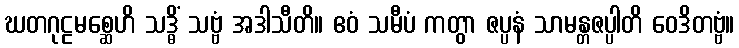
ဃတဂုဠမစ္ဆေဟိ သဒ္ဓိံ သဗ္ဗံ အဒါသီတိ။ ဧဝံ သမီပံ ကတွာ ဇပ္ပနံ သာမန္တဇပ္ပါတိ ဝေဒိတဗ္ဗံ။